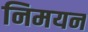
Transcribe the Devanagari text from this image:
निमयन